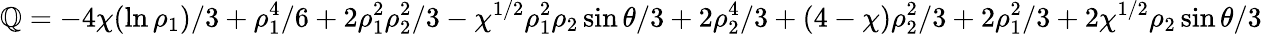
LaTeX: \mathbb{Q}=-4\chi(\ln\rho_{1})/3+\rho_{1}^{4}/6+2\rho_{1}^{2}\rho_{2}^{2}/3-\chi^{1/2}\rho_{1}^{2}\rho_{2}\sin\theta/3+2\rho_{2}^{4}/3+(4-\chi)\rho_{2}^{2}/3+2\rho_{1}^{2}/3+2\chi^{1/2}\rho_{2}\sin\theta/3